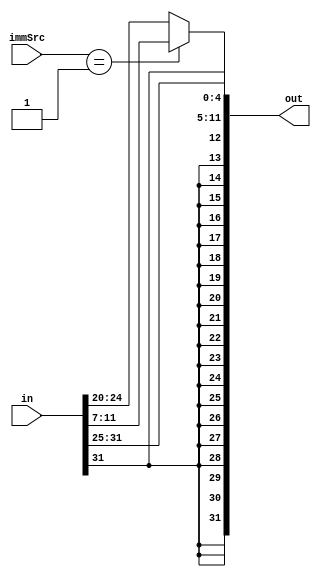
`timescale 1ns / 1ps

module signExtend(
    input [31:0] in,
    input [1:0] immSrc,
    output [31:0] out
    );
    
    assign out = (immSrc==2'b01) ? {{20{in[31]}},in[31:25],in[11:7]} : {{20{in[31]}},in[31:20]};
endmodule